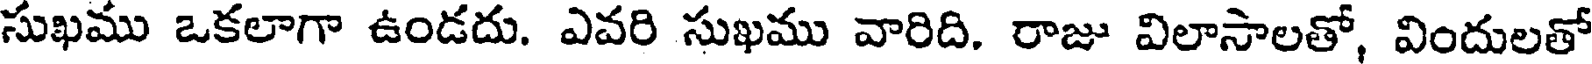
సుఖము ఒకలాగా ఉండదు. ఎవరి సుఖము వారిది. రాజు విలాసాలతో, విందులతో